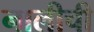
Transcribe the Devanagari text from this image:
नालीची